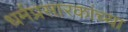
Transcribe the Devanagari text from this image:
धर्मप्रसारकांच्या